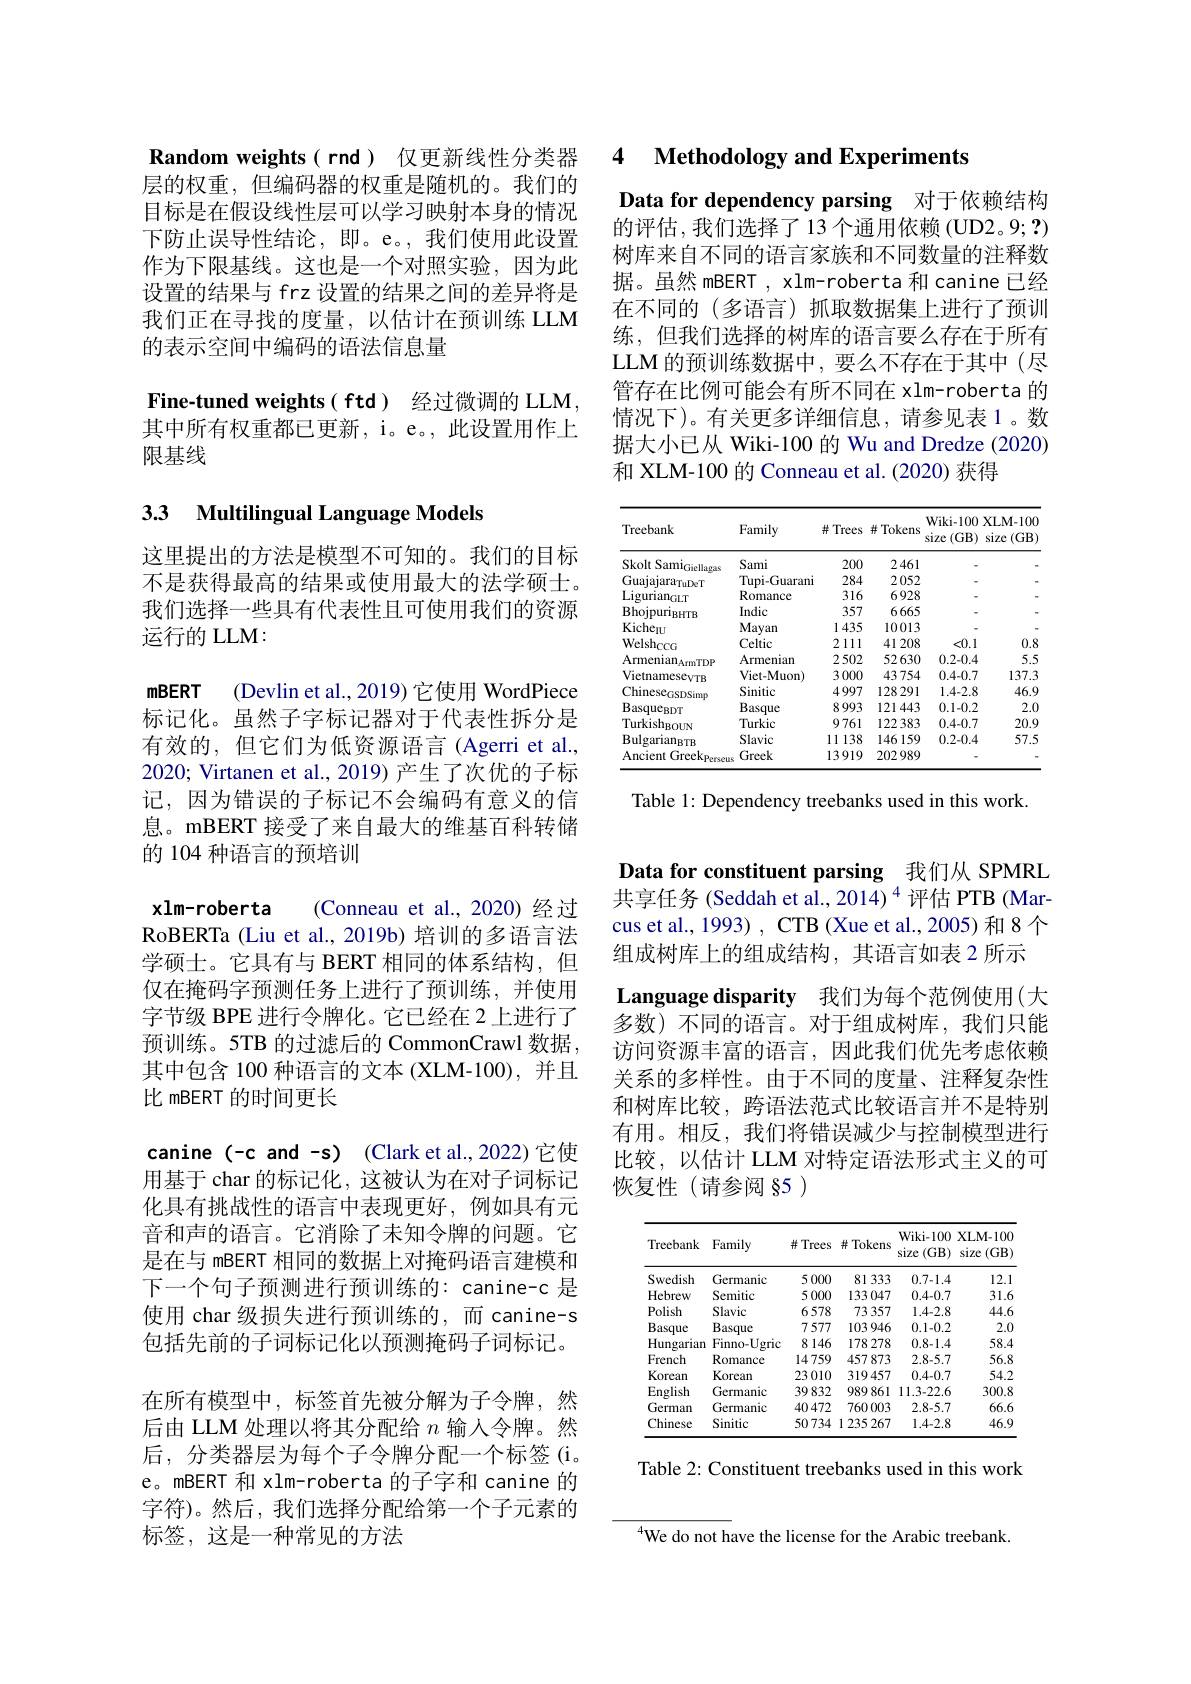
层的权重，但编码器的权重是随机的。我们的目标是在假设线性层可以学习映射本身的情况下防止误导性结论，即。e。,我们使用此设置作为下限基线。这也是一个对照实验，因为此设置的结果与 frz 设置的结果之间的差异将是我们正在寻找的度量，以估计在预训练 LLM 的表示空间中编码的语法信息量

Fine-tuned weights( ftd) 经过微调的 LLM, 其中所有权重都已更新，i。e。, 此设置用作上限基线

## 33 Multilingual Language Models

这里提出的方法是模型不可知的。我们的目标不是获得最高的结果或使用最大的法学硕士。我们选择一些具有代表性且可使用我们的资源运行的 LLM:

mBERT (Devlin et al., 2019) 它使用 WordPiece 标记化。虽然子字标记器对于代表性拆分是有效的，但它们为低资源语言(Agerri et al., 2020; Virtanen et al., 2019) 产生了次优的子标记，因为错误的子标记不会编码有意义的信息。mBERT 接受了来自最大的维基百科转储的 104 种语言的预培训
xlm-roberta (Conneau et al., 2020) 经过RoBERTa (Liu et al.,2019b) 培训的多语言法学硕士。它具有与 BERT 相同的体系结构，但仅在掩码字预测任务上进行了预训练，并使用字节级 BPE 进行令牌化。它已经在 2 上进行了预训练。5TB 的过滤后的 CommonCrawl 数据其中包含 100 种语言的文本 (XLM-100), 并且比 mBERT 的时间更长
canine (-c and -s) (Clark et al.,2022) 它使用基于 char 的标记化，这被认为在对子词标记化具有挑战性的语言中表现更好，例如具有元音和声的语言。它消除了未知令牌的问题。它是在与 mBERT 相同的数据上对掩码语言建模和下一个句子预测进行预训练的：canine-c 是使用 char 级损失进行预训练的，而 canine-s 包括先前的子词标记化以预测掩码子词标记。在所有模型中，标签首先被分解为子令牌，然后由 LLM 处理以将其分配给$n$输入令牌。然后，分类器层为每个子令牌分配一个标签(i。e。mBERT 和 xlm-roberta 的子字和 canine 的字符)。然后，我们选择分配给第一个子元素的标签，这是一种常见的方法

Random weights( rnd) 仅更新线性分类器 4 Methodology and Experiments

Data for dependency parsing 对于依赖结构的评估，我们选择了13个通用依赖(UD2。9;?) 树库来自不同的语言家族和不同数量的注释数据。虽然 mBERT , xlm-roberta 和 canine 已经在不同的(多语言)抓取数据集上进行了预训练，但我们选择的树库的语言要么存在于所有LLM 的预训练数据中，要么不存在于其中(尽管存在比例可能会有所不同在 xlm-roberta 的情况下)。有关更多详细信息，请参见表1。数据大小已从 Wiki-100 的 Wu and Dredze (2020) 和 XLM-100 的 Conneau et al. (2020) 获得

<table>
	<tbody>
		<tr>
			<th>Treebank</th>
			<th>Family</th>
			<th>井 Trees</th>
			<th>并 Tokens</th>
			<th>Wiki- 100 size (GB)</th>
			<th>XLM- 10C size $(GB$</th>
		</tr>
		<tr>
			<td>Skolt Sami$_\mathrm{Giells}$ 1 16 me</td>
			<td>Sami</td>
			<td>200</td>
			<td>2461</td>
			<td> </td>
			<td> </td>
		</tr>
		<tr>
			<td>$\mathrm{Guajajara}_{\mathrm{TuDeT}}$</td>
			<td>Tupi-Guarani</td>
			<td>284</td>
			<td>2052</td>
			<td> </td>
			<td> </td>
		</tr>
		<tr>
			<td>Ligurian$_\mathrm{GLT}$</td>
			<td>Romance</td>
			<td>316</td>
			<td>6928</td>
			<td> </td>
			<td> </td>
		</tr>
		<tr>
			<td>$Bhojpuri_{BHTB}$</td>
			<td>Indic</td>
			<td>357</td>
			<td>6665</td>
			<td> </td>
			<td> </td>
		</tr>
		<tr>
			<td>$Kiche_{IU}$</td>
			<td>Mayan</td>
			<td>1435</td>
			<td>10013</td>
			<td> </td>
			<td> </td>
		</tr>
		<tr>
			<td>$\mathrm{Welsh}_{\mathrm{CCG}}$</td>
			<td>Celtic</td>
			<td>2111</td>
			<td>41208</td>
			<td><0.1</td>
			<td>0.8</td>
		</tr>
		<tr>
			<td>$\mathrm{Armenian}_{\mathrm{ArmTDP}}$</td>
			<td>Armenian</td>
			<td>2502</td>
			<td>52630</td>
			<td>0.2-0.4</td>
			<td>5.5</td>
		</tr>
		<tr>
			<td>VietnamesevTB</td>
			<td>Viet-Muon)</td>
			<td>3000</td>
			<td>43754</td>
			<td>0.4-0.7</td>
			<td>137.3</td>
		</tr>
		<tr>
			<td>Chinese$_\mathrm{GSDSimo}$</td>
			<td>Sinitic</td>
			<td>4997</td>
			<td>128291</td>
			<td>1.4-2.8</td>
			<td>46.5</td>
		</tr>
		<tr>
			<td>$\mathrm{Basque}_{\mathrm{BDT}}$</td>
			<td>Basque</td>
			<td>8993</td>
			<td>121443</td>
			<td>0.1-0.2</td>
			<td>$2.C$</td>
		</tr>
		<tr>
			<td>Turkish$_\mathrm{BOUN}$</td>
			<td>Turkic</td>
			<td>9761</td>
			<td>122383</td>
			<td>0.4-0.7</td>
			<td>20.9</td>
		</tr>
		<tr>
			<td>$Bulgarian_{BTB}$</td>
			<td>Slavic</td>
			<td>11138</td>
			<td>146159</td>
			<td>0.2-0.4</td>
			<td>57.5</td>
		</tr>
		<tr>
			<td>Ancient Greekp</td>
			<td>Greek</td>
			<td>13919</td>
			<td>202989</td>
			<td> </td>
			<td> </td>
		</tr>
	</tbody>
</table>

Table 1: Dependency treebanks used in this work.

Data for constituent parsing 我们从 SPMRL 共享任务 (Seddah et al., 2014)$^{4}$评估 PTB (Marcus et al., 1993) , CTB (Xue et al., 2005) 和 8 个组成树库上的组成结构，其语言如表 2 所示$\textbf{Language disparity}$ 我们为每个范例使用(大多数)不同的语言。对于组成树库，我们只能访问资源丰富的语言，因此我们优先考虑依赖关系的多样性。由于不同的度量、注释复杂性和树库比较，跨语法范式比较语言并不是特别有用。相反，我们将错误减少与控制模型进行比较，以估计 LLM 对特定语法形式主义的可恢复性(请参阅§5)

<table>
	<tbody>
		<tr>
			<th>Treebank</th>
			<th>Family</th>
			<th>并 Trees</th>
			<th>井 Tokens</th>
			<th>Wiki- 100 size (GB)</th>
			<th>$XLM-100$ size $:(\mathbf{GB}$ $a_{1}=\frac{1}{2}$</th>
		</tr>
		<tr>
			<td>Swedish</td>
			<td>Germanic</td>
			<td>5000</td>
			<td>81333</td>
			<td>0.7-1.4</td>
			<td>12.1</td>
		</tr>
		<tr>
			<td>Hebrew</td>
			<td>Semitic</td>
			<td>5000</td>
			<td>133047</td>
			<td>0.4-0.7</td>
			<td>31.6</td>
		</tr>
		<tr>
			<td>Polish</td>
			<td>Slavic</td>
			<td>6578</td>
			<td>73357</td>
			<td>1.4-2.8</td>
			<td>44.6</td>
		</tr>
		<tr>
			<td>Basque</td>
			<td>Basque</td>
			<td>7577</td>
			<td>103946</td>
			<td>0.1-0.2</td>
			<td>2.0</td>
		</tr>
		<tr>
			<td>Hungarian</td>
			<td>Finno-Ugric</td>
			<td>8146</td>
			<td>178278</td>
			<td>0.8-1.4</td>
			<td>58.4</td>
		</tr>
		<tr>
			<td>French</td>
			<td>Romance</td>
			<td>14759</td>
			<td>457873</td>
			<td>2.8-5.7</td>
			<td>56.8</td>
		</tr>
		<tr>
			<td>Korean</td>
			<td>Korean</td>
			<td>23010</td>
			<td>319457</td>
			<td>0.4-0.7</td>
			<td>54.2</td>
		</tr>
		<tr>
			<td>English</td>
			<td>Germanic</td>
			<td>39832</td>
			<td>989861</td>
			<td>11.3-22.6</td>
			<td>300.8</td>
		</tr>
		<tr>
			<td>German</td>
			<td>Germanic</td>
			<td>40472</td>
			<td>760003</td>
			<td>2.8-5.7</td>
			<td>66.6</td>
		</tr>
		<tr>
			<td>Chinese</td>
			<td>Sinitic</td>
			<td>50734</td>
			<td>1235267</td>
			<td>1.4-2.8</td>
			<td>46.9</td>
		</tr>
	</tbody>
</table>

Table 2: Constituent treebanks used in this work

$^{4}$We do not have the license for the Arabic treebank